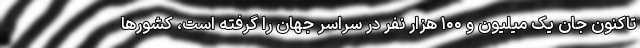
تاکنون جان یک میلیون و ۱۰۰ هزار نفر در سراسر جهان را گرفته است، کشورها